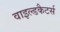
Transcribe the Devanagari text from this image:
वाइल्डकैटर्स